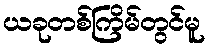
ယခုတစ်ကြိမ်တွင်မူ